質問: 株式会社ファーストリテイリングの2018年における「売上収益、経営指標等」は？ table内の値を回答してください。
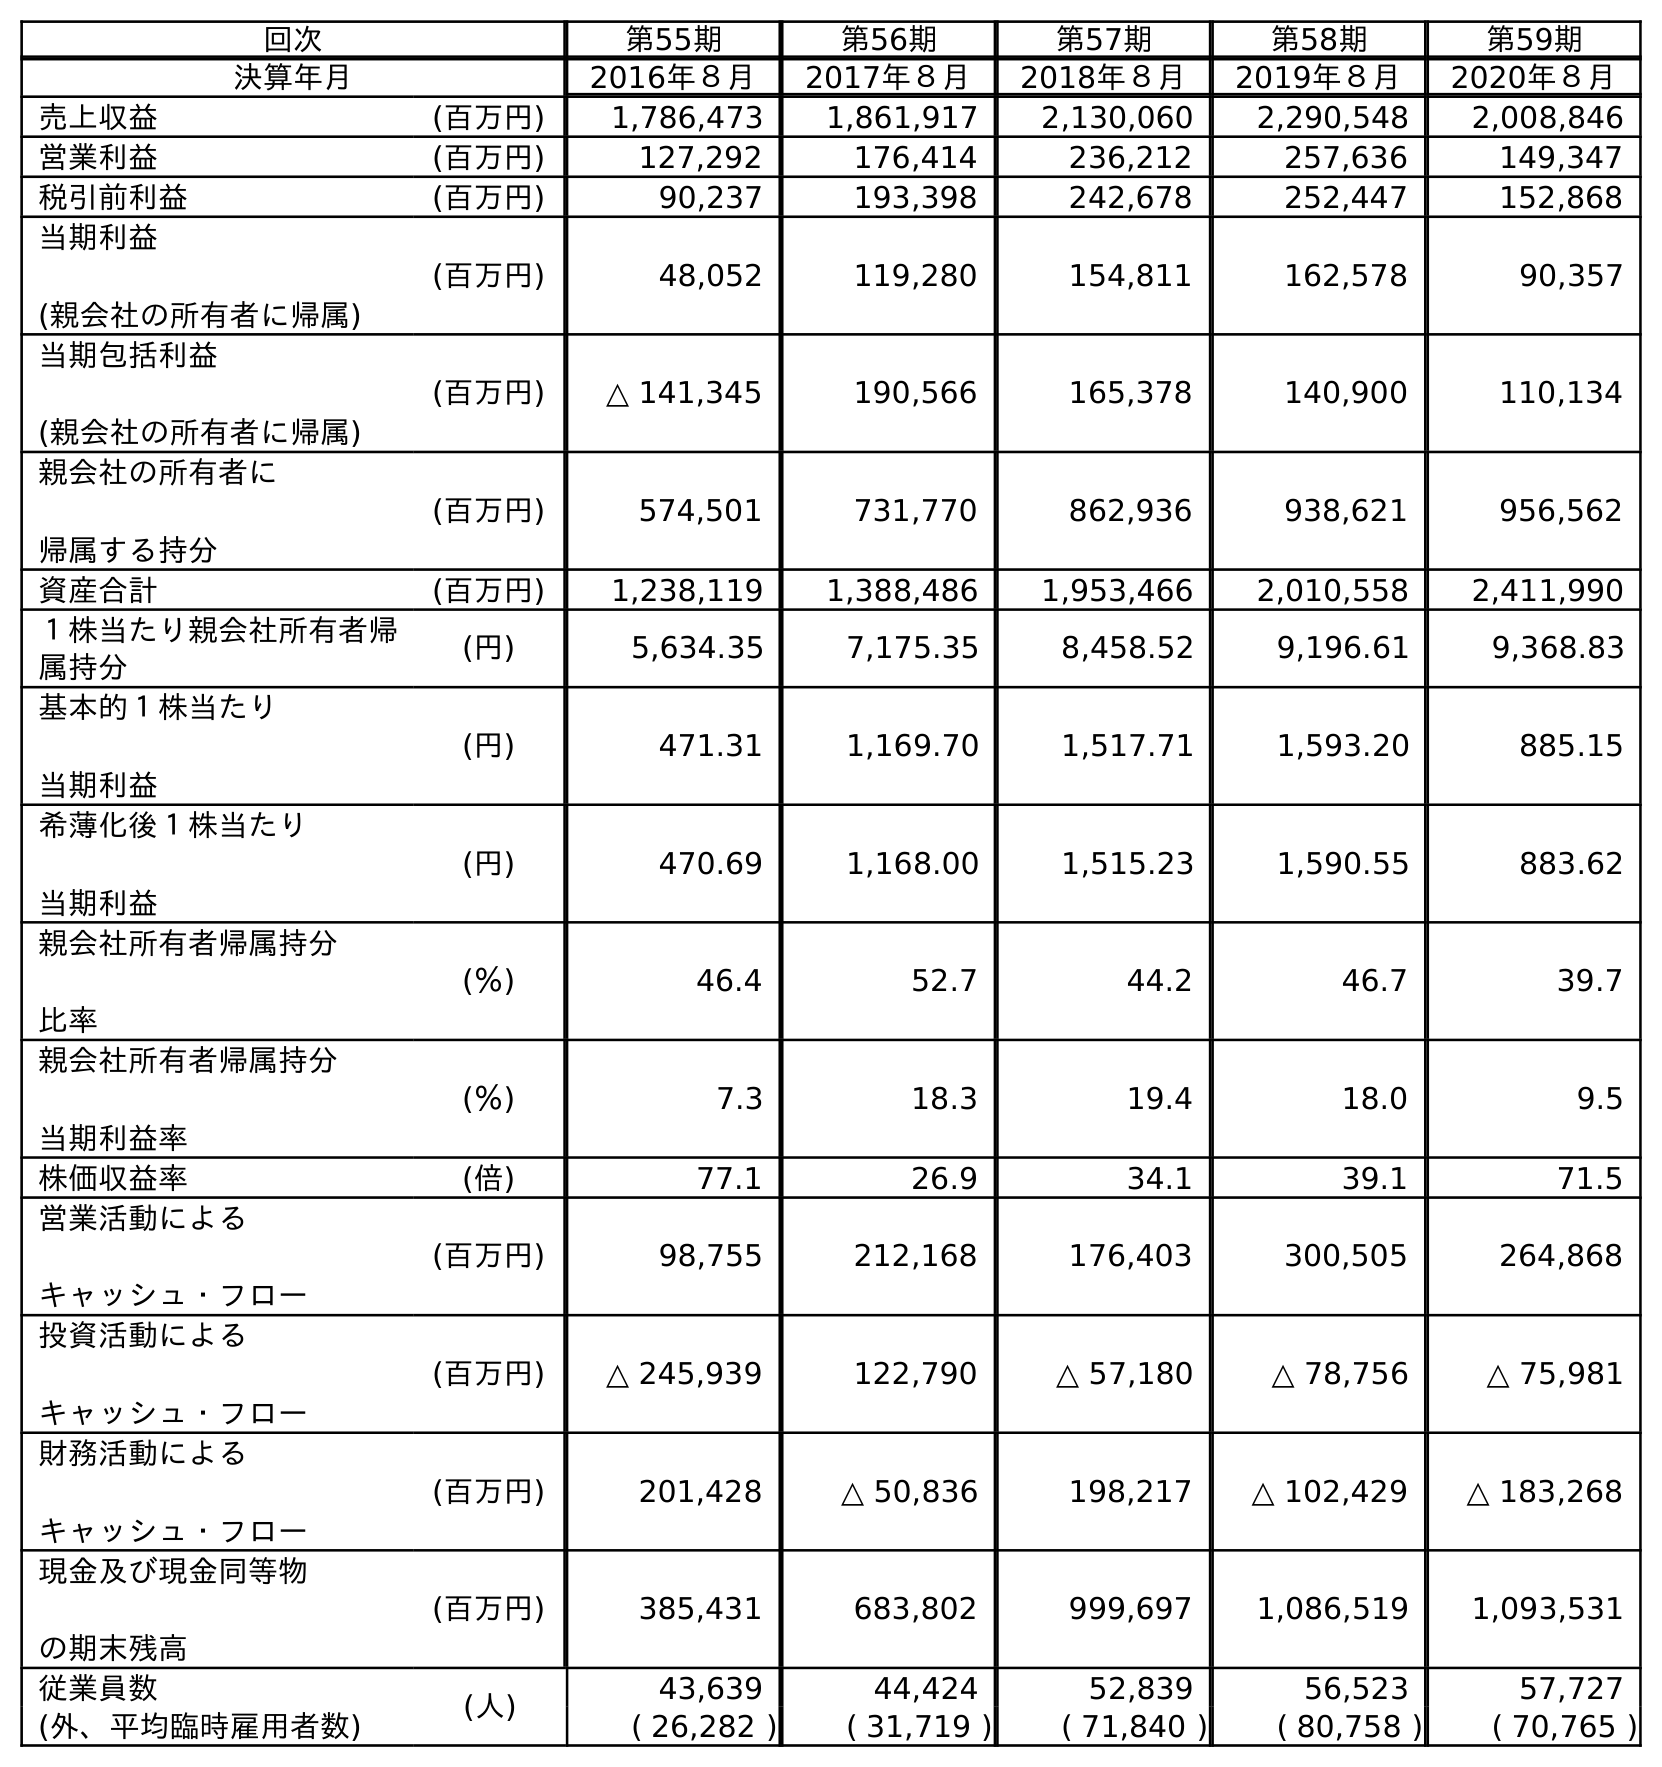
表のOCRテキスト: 回次 第55期 第56期 第57期 第58期 第59期 決算年月 2016年８月 2017年８月 2018年８月 2019年８月 2020年８月 売上収益 (百万円) 1,786,473 1,861,917 2,130,060 2,290,548 2,008,846 営業利益 (百万円) 127,292 176,414 236,212 257,636 149,347 税引前利益 (百万円) 90,237 193,398 242,678 252,447 152,868 当期利益 (親会社の所有者に帰属) (百万円) 48,052 119,280 154,811 162,578 90,357 当期包括利益 (親会社の所有者に帰属) (百万円) △ 141,345 190,566 165,378 140,900 110,134 親会社の所有者に 帰属する持分 (百万円) 574,501 731,770 862,936 938,621 956,562 資産合計 (百万円) 1,238,119 1,388,486 1,953,466 2,010,558 2,411,990 １株当たり親会社所有者帰 属持分 (円) 5,634.35 7,175.35 8,458.52 9,196.61 9,368.83 基本的１株当たり 当期利益 (円) 471.31 1,169.70 1,517.71 1,593.20 885.15 希薄化後１株当たり 当期利益 (円) 470.69 1,168.00 1,515.23 1,590.55 883.62 親会社所有者帰属持分 比率 (％) 46.4 52.7 44.2 46.7 39.7 親会社所有者帰属持分 当期利益率 (％) 7.3 18.3 19.4 18.0 9.5 株価収益率 (倍) 77.1 26.9 34.1 39.1 71.5 営業活動による キャッシュ・フロー (百万円) 98,755 212,168 176,403 300,505 264,868 投資活動による キャッシュ・フロー (百万円) △ 245,939 122,790 △ 57,180 △ 78,756 △ 75,981 財務活動による キャッシュ・フロー (百万円) 201,428 △ 50,836 198,217 △ 102,429 △ 183,268 現金及び現金同等物 の期末残高 (百万円) 385,431 683,802 999,697 1,086,519 1,093,531 従業員数 (人) 43,639 44,424 52,839 56,523 57,727 (外、平均臨時雇用者数) ( 26,282 ) ( 31,719 ) ( 71,840 ) ( 80,758 ) ( 70,765 )
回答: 2,130,060